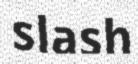
slash